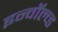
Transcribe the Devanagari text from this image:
इन्वॉल्व्ड